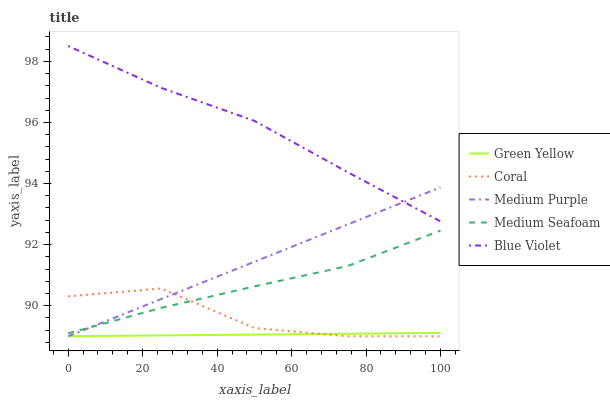
| xaxis_label | Green Yellow | Coral | Medium Purple | Medium Seafoam | Blue Violet |
 | --- | --- | --- | --- | --- | --- |
 | 0 | 89 | 90.3 | 89 | 89.1 | 98.5 |
 | 25 | 89 | 90.6 | 90.2 | 89.9 | 97.1 |
 | 50 | 89.1 | 89.3 | 91.4 | 90.6 | 96.1 |
 | 75 | 89.1 | 89 | 92.7 | 91.3 | 94.4 |
 | 100 | 89.1 | 89 | 93.9 | 92.5 | 92.8 |